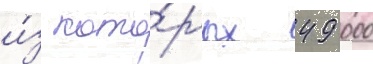
и́з кото́рых 49 000